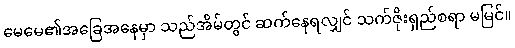
မေမေ၏အခြေအနေမှာ သည်အိမ်တွင် ဆက်နေရလျှင် သက်ဇိုးရှည်စရာ မမြင်။